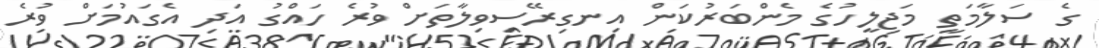
ގެ ސަލާމަތީ މަޖިލީހުގެ މެންބަރުކަން އިނގިރޭސިވިލާތަށް ވުރެ ހައްގު އަދި އެގައުމަށް ވުރެ